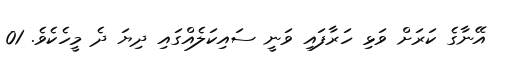
އޭނާގެ ކަރަށް ވަޅި ހަރާފައި ވަނީ ސައިކަލެއްގައި ދިޔަ ދެ މީހެކެވެ. 01